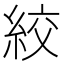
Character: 絞